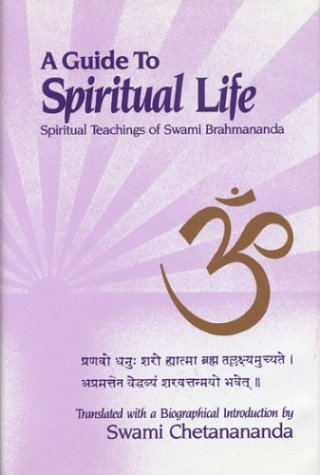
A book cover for A Guide to Spiritual Life: Spiritual Teachings of Swami Brahmananda; Swami Brahmananda; Religion & Spirituality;